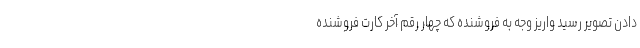
دادن تصویر رسید واریز وجه به فروشنده که چهار رقم آخر کارت فروشنده